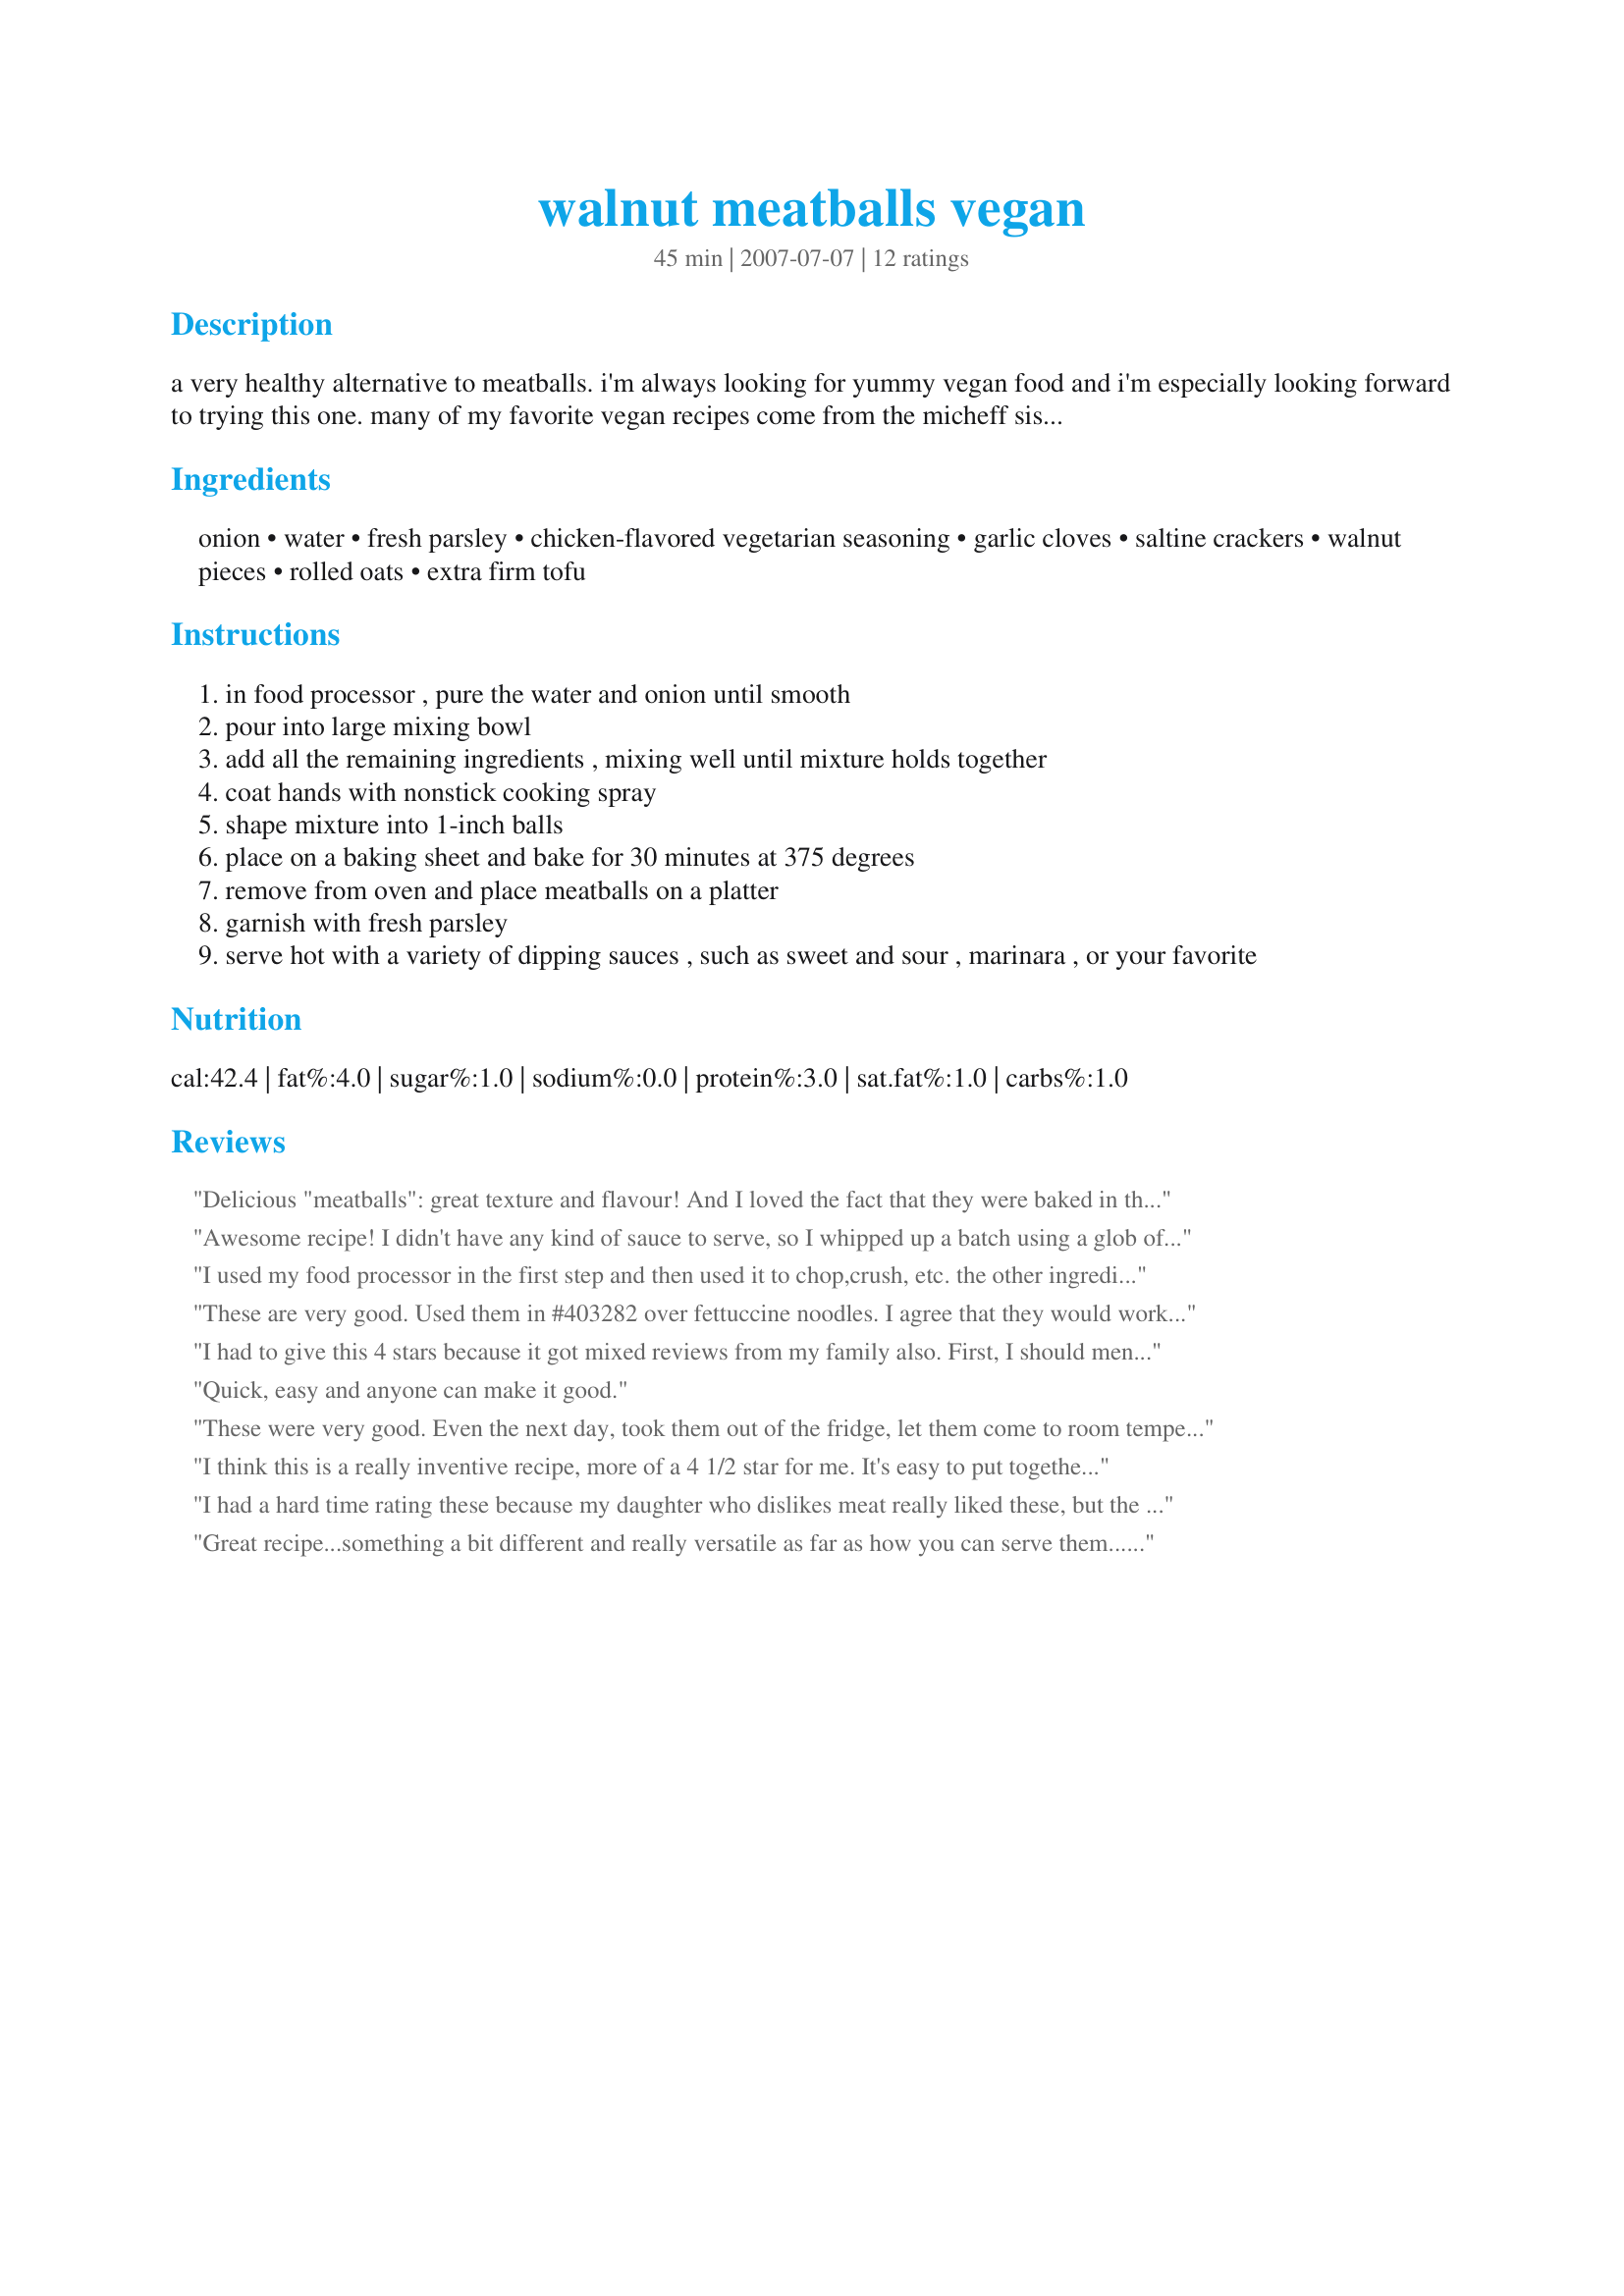
walnut meatballs vegan
Preparation time: 45 minutes

a very healthy alternative to meatballs. i'm always looking for yummy vegan food and i'm especially looking forward to trying this one. many of my favorite vegan recipes come from the micheff sisters, brenda walsh, cinda sanders and linda johnson, on 3abn. this is one of brenda's recipes. suggestions: these walnut balls can be made ahead of time and frozen. can also use them in other sauces such as spaghetti sauce. try making them a little smaller and using them for an appetizer. for “crispier” texture, fry them in a little canola oil instead of baking them.

update: we finally tried this and were not disappointed! made this with my quick vegan pesto alfredo sauce (recipe #246616) and onion herb foccacia bread (recipe #246431)and it tasted terrific! i could see how frying them in a little oil would make them taste better plain, but i couldn't tell that much of a difference with them in the sauce and it's so much healthier having them baked. i'm going to try to make these again this weekend with a vegan gravy and hope it turns out just as good! i've had it now with sweeet and sour sauce and it tasted really nice.

Ingredients:
onion, water, fresh parsley, chicken-flavored vegetarian seasoning, garlic cloves, saltine crackers, walnut pieces, rolled oats, extra firm tofu

Steps:
in food processor , pure the water and onion until smooth
pour into large mixing bowl
add all the remaining ingredients , mixing well until mixture holds together
coat hands with nonstick cooking spray
shape mixture into 1-inch balls
place on a baking sheet and bake for 30 minutes at 375 degrees
remove from oven and place meatballs on a platter
garnish with fresh parsley
serve hot with a variety of dipping sauces , such as sweet and sour , marinara , or your favorite

Reviews:
Delicious "meatballs": great texture and flavour! And I loved the fact that they were baked in the oven and so low in fat. I used 1/2 lemon juice and 1/2 chicken stock instead of the water - which of course rendered them no longer Vegan. Since I was unfamiliar with the chicken-flavoured vegetarian seasoning listed in the ingredients, I simply omitted that, but I did add some cumin. I wasn't sure what to make of the reference to "8232" in step one, so I ignored that. We enjoyed these with tzatziki and a green salad, and they were equally good next day, at room temperature, in a pita bread wrap, again with tzatziki and salad greens. Thanks, Enjolinfam, for sharing this yummy recipe.
Awesome recipe!
I didn't have any kind of sauce to serve, so I whipped up a batch using a glob of apricot preserves (low sugar), a squirt or two of ginger from a tube and a little apple cider vinegar.
The Meatballs are filling and totally yummy!
I will make this many times in the future. Thanks for sharing!!
I used my food processor in the first step and then used it to chop,crush, etc. the other ingredients. This went together very fast and easy. I did use a vegan type seasoning called "not-chickn" that I found at Kroger. The meatballs are delicious---the entire family loved them---great with sauces of all types. Thank you for sharing---I'll be making these again and sharing with my non-vegan friends.
These are very good. Used them in #403282 over fettuccine noodles. I agree that they would work in a lot of different recipes. I followed the recipe to a "t". Next time I will use my food processor to crumble the crackers, etc. Thanks so much for sharing!! :O)
I had to give this 4 stars because it got mixed reviews from my family also. First, I should mention that I overcooked them so they were kind of crunchy on the outside (put the oven on "keep warm", but it stayed at 300 for over 10 minutes, ugh). My 15 year old brother LOVED them and would have eaten the whole pan. My mom also really liked them. My dad was not a fan at all. They're pretty used to my vegan cooking too. I liked them, although I didn't love the seasoning. I can see a lot of versatility in them though, I will definitely be keeping it as a base recipe!
Oh, and for the reviewer who was confused about the "chicken flavored seasoning", I believe she means poultry seasoning, as in, a seasoning mix you would use on poultry. I just used Mrs. Dash.
Quick, easy and anyone can make it good.
These were very good. Even the next day, took them out of the fridge, let them come to room temperature and snacked on them. I made the following changes, did not bother chopping the parsley, just added it to the food processor with the onions and water. Also added to the same pool 1 clove of garlic. The recipe made 25 balls.
I think this is a really inventive recipe, more of a 4 1/2 star for me. It's easy to put together with your food processor and my kids liked them. I thought the seasonings were a little lacking, (altho I love the fresh garlic & onion), I added some extra herbs and a little braggs. It's great that they're baked - what I found is that they were pretty mushy inside, the tofu didn't firm up as well as I would have liked. But that could be due to my specific ingredients, maybe my tofu wasn't firm enough....I'd just adjust next time to use less water. I think the leftovers that I'm about to freeze will be firmer. Really versatile recipe, I served over noodles & broccoli with Recipe #418644. Thanks!!
I had a hard time rating these because my daughter who dislikes meat really liked these, but the males in the family(the meat eaters) were not too keen on these. I liked them with Thai sweet chili sauce and I also liked them cold the next day. I think they would be really good on a sub with all the fixings. I did decide to add an egg and not the water to bind it all together. These are simple to make and are also good the next day. Thanks for the recipe.
Great recipe...something a bit different and really versatile as far as how you can serve them...I approached these a little bit differently than the stated recipe...I did it all in the food processor...I ended up eliminating the suggested table spoons of water because my onion, garlic and tofu provided their own moisture...I did not have the "chicken-flavored seasoning" (???), so I just seasoned to taste with my own spice supplies in my pantry...I even added a veggie bouillon cube or two :) ...I baked them the suggested 1/2 hour tuning them at 15 min. and rotating the cookie sheets...the first night I served them with brown rice and a broccoli pesto sauce...then froze a bunch and made "hero sandwiches" with a yogurt, lentil and sprout topping for a quick weekend supper-snack a few days later...I still have a enough left frozen to make another inventive meal...great idea, really tasty (I have just popped one it to my mouth as a "snack" too!!!)...a new favorite - THANKS Enjolinfam :)
Delicious! I whipped these up to throw in my spaghetti sauce. I added some Italian seasoning and used Recipe #202044 instead of chicken-flavored seasoning. My 6 yo DD had a blast helping roll these, and everyone at the table thought they rocked--the baby included. We ate half and threw the rest in the freezer for next time. I could see these being great with many different sauces; I'd like to try them as a Swedish meatball type dish, for example.
Excellent. This was my first attempt at making vegan meatballs. They did fall apart after simmering in sauce in the crock-pot, but we enjoyed them anyway. Next time will probably take them from the oven and top with spaghetti sauce on our plates.
